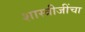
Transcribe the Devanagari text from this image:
शास्त्रीजींचा